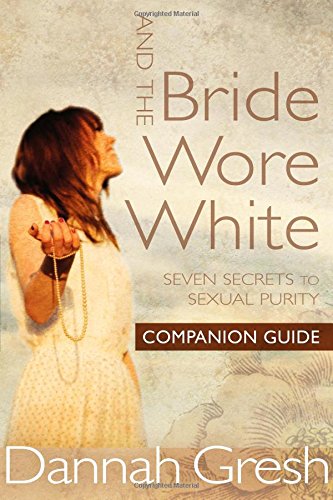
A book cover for And the Bride Wore White Companion Guide: Seven Secrets to Sexual Purity; Dannah K. Gresh; Teen & Young Adult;